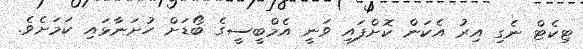
ޓިކެޓް ނެގި އިރު އެކަން ކޮށްފައި ވަނީ އެމްބީސީގެ ބޯޑަށް ހުށަނާޅައި ކަމަށެވެ.